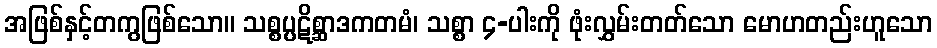
အဖြစ်နှင့်တကွဖြစ်သော။ သစ္စပ္ပဋိစ္ဆာဒကတမံ၊ သစ္စာ ၄-ပါးကို ဖုံးလွှမ်းတတ်သော မောဟတည်းဟူသော